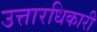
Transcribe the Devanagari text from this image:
उत्तारधिकारी